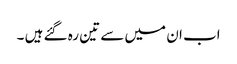
اب ان میں سے تین رہ گئے ہیں ۔